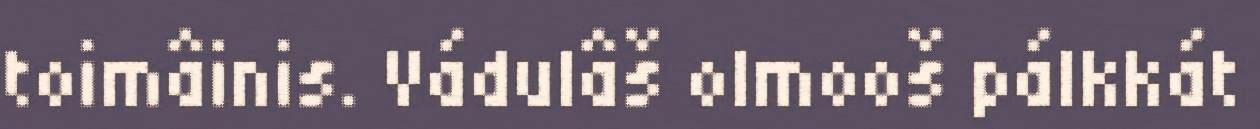
toimâinis. Vádulâš olmooš pálkkát